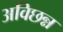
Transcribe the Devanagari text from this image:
अविछन्न